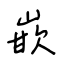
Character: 嵌